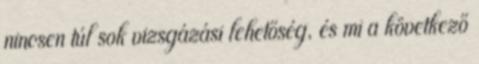
nincsen túl sok vizsgázási lehetőség, és mi a következő